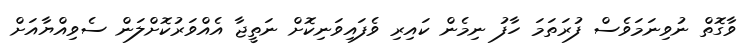
ވާގޮތް ނުވިނަމަވެސް ފުރަތަމަ ހާފު ނިމެން ކައިރި ވެފައިވަނިކޮށް ނަތީޖާ އެއްވަރުކޮށްލަން ސެވިއްޔާއަށް